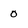
Character: 0